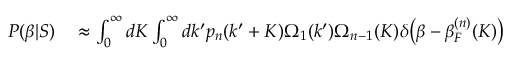
\begin{array} { r l } { P ( \beta | S ) } & { { } \approx \int _ { 0 } ^ { \infty } d K \int _ { 0 } ^ { \infty } d k ^ { \prime } p _ { n } ( k ^ { \prime } + K ) \Omega _ { 1 } ( k ^ { \prime } ) \Omega _ { n - 1 } ( K ) \delta \big ( \beta - \beta _ { F } ^ { ( n ) } ( K ) \big ) } \end{array}